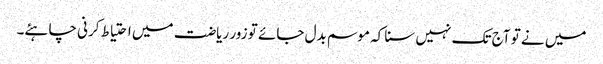
میں نے تو آج تک نہیں سنا کہ موسم بدل جائے تو زور ریاضت میں احتیاط کرنی چاہئے۔